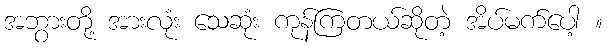
အဘွားတို့ အားလုံး သေဆုံး ကုန်ကြတယ်ဆိုတဲ့ အိပ်မက်ပေါ့ ။